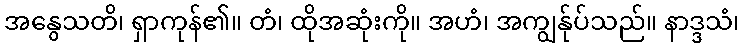
အနွေသတိ၊ ရှာကုန်၏။ တံ၊ ထိုအဆုံးကို။ အဟံ၊ အကျွန်ုပ်သည်။ နာဒ္ဒသံ၊